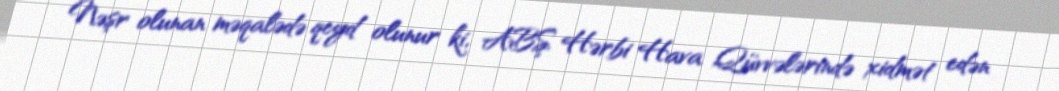
Nəşr olunan məqalədə qeyd olunur ki, ABŞ Hərbi Hava Qüvvələrində xidmət edən